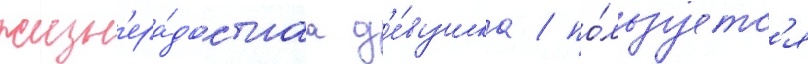
жизн'ера́достнаа д'е́вушка / по́льзуетс'я